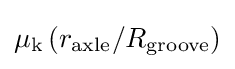
\mu _{\mathrm {k} }\left(r_{\mathrm {axle} }/R_{\mathrm {groove} }\right)